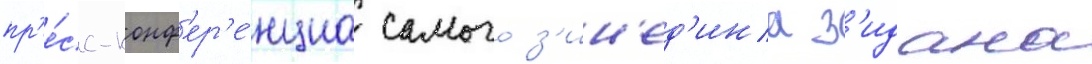
пр'е́сс-конф'ер'е́нциа самого з'ин'ед'ина з'идана